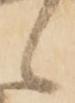
候